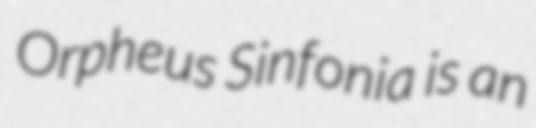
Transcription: Orpheus Sinfonia is an